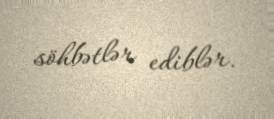
söhbətlər ediblər.